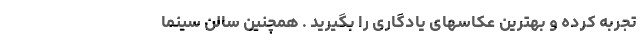
تجربه کرده و بهترین عکاسهای یادگاری را بگیرید . همچنین سالن سینما